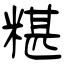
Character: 糂